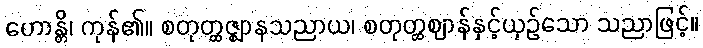
ဟောန္တိ၊ ကုန်၏။ စတုတ္ထဇ္ဈာနသညာယ၊ စတုတ္ထဈာန်နှင့်ယှဉ်သော သညာဖြင့်။